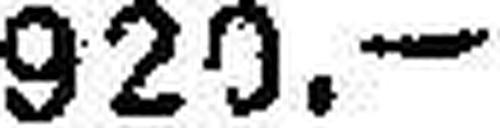
920.—